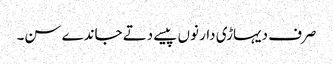
صرف دیہاڑی دار نوں پیسے دتے جاندے سن۔